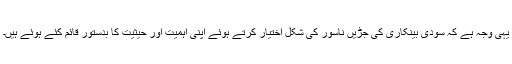
یہی وجہ ہے کہ سودی بینکاری کی جڑیں ناسور کی شکل اختیار کرتے ہوئے اپنی اہمیت اور حیثیت کا بدستور قائم کئے ہوئے ہیں۔